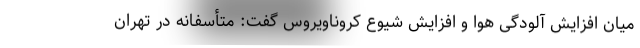
میان افزایش آلودگی هوا و افزایش شیوع کروناویروس گفت: متأسفانه در تهران